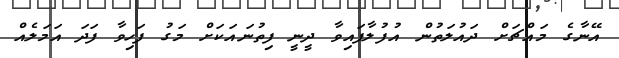
އޭނާގެ މައްޗަށް ދައުލަތުން އުފުލާފައިވާ ދީނީ ފިތުނައަކަށް މަގު ފަހިވާ ފަދަ އަމަލެއް